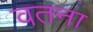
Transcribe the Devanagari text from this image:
वतना